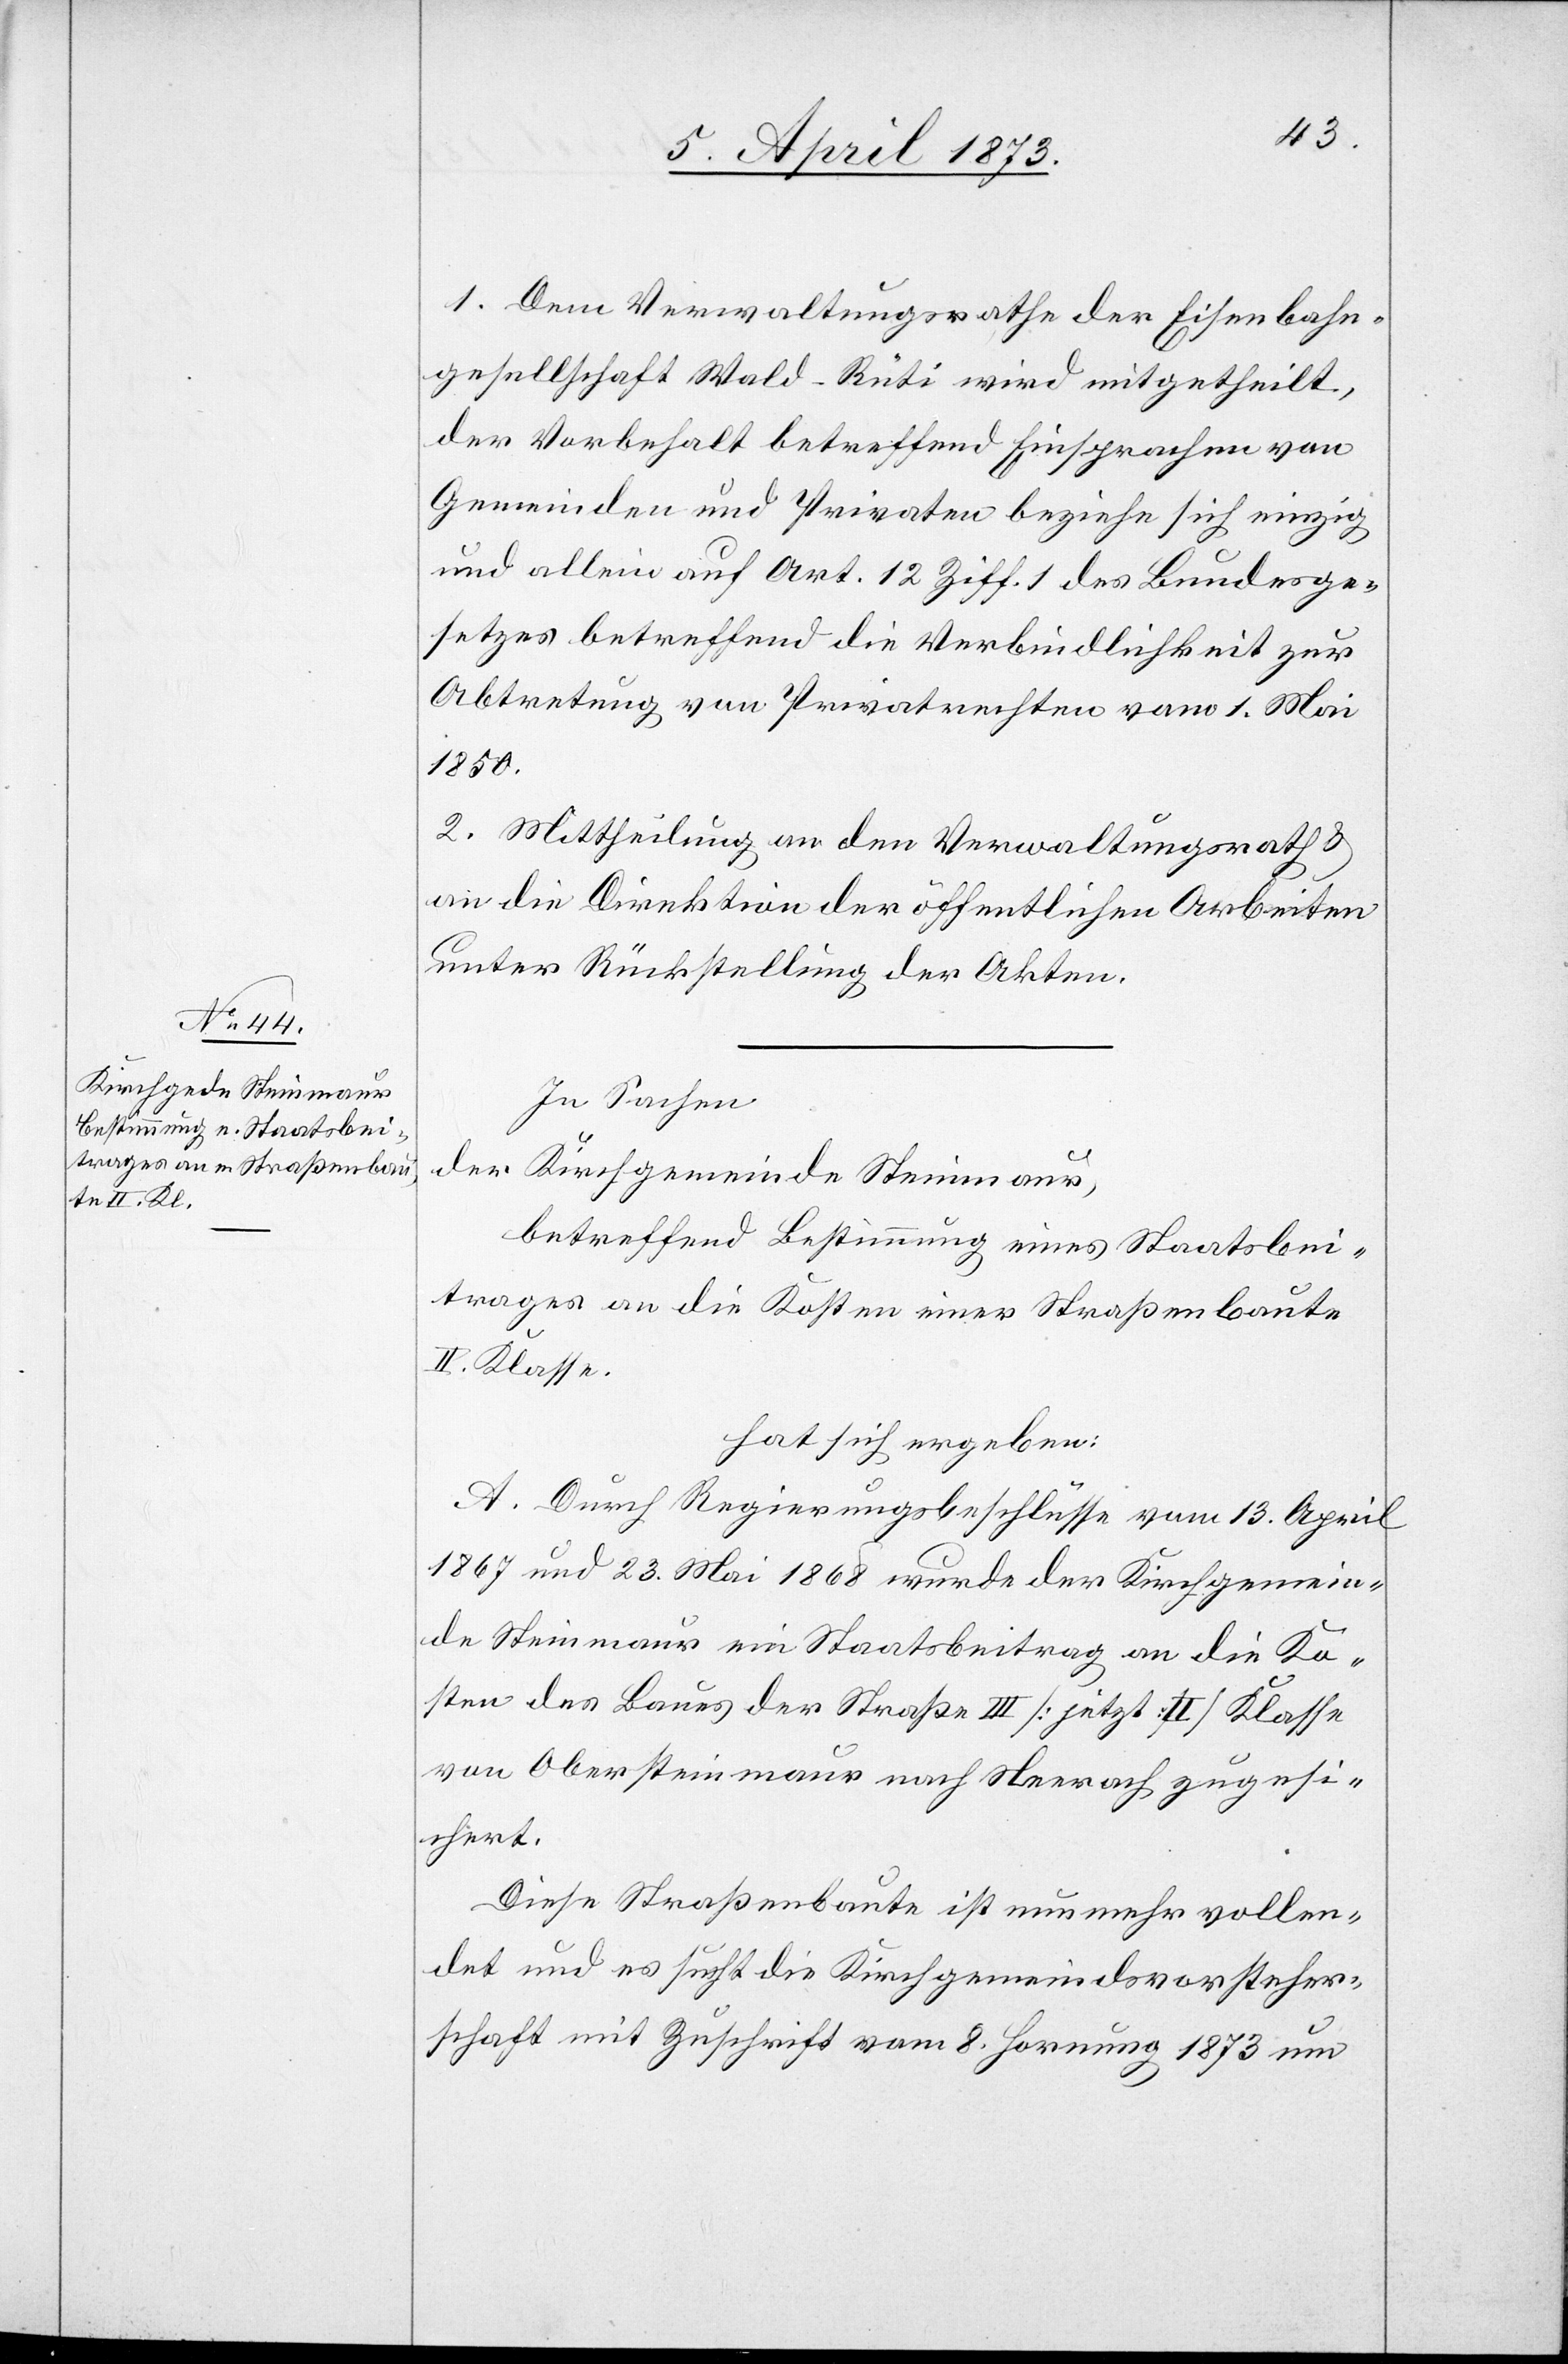
1. Dem Verwaltungsrathe der Eisenbahn¬
gesellschaft Wald—Rüti wird mitgetheilt,
der Vorbehalt betreffend Einsprachen von
Gemeinden und Privaten beziehe sich einzig
und allein auf Art. 12 Ziff. 1 des Bundesge¬
setzes betreffend die Verbindlichkeit zur
Abtretung von Privatrechten vom 1. Mai
1850.
2. Mittheilung an den Verwaltungsrath u.
an die Direktion der öffentlichen Arbeiten
unter Rückstellung der Akten.
In Sachen
der Kirchgemeinde Steinmaur,
betreffend Bestimmung eines Staatsbei¬
trages an die Kosten einer Straßenbaute
II. Klasse,
hat sich ergeben:
A. Durch Regierungsbeschlüsse vom 13. April
1867 und 23. Mai 1868 wurde der Kirchgemein¬
de Steinmaur ein Staatsbeitrag an die Ko¬
sten des Baues der Straße III [jetzt: II] Klasse
von Obersteinmaur nach Neerach zugesi¬
chert.
Diese Straßenbaute ist nunmehr vollen¬
det und es sucht die Kirchgemeindsvorsteher¬
schaft mit Zuschrift vom 8. Hornung 1873 um